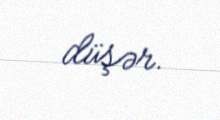
düşər.